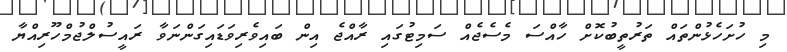
މި ހުށަހެޅުންތައް ތަރުތީބުކޮށް ހާއްސަ މެސެޖެއް ސަމިޓުގައި ރާއްޖެ އިން ބައިވެރިވަޑައިގަންނަވާ ރައީސުލްޖުމްހޫރިއްޔާ